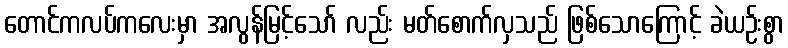
တောင်ကလပ်ကလေးမှာ အလွန်မြင့်သော် လည်း မတ်စောက်လှသည် ဖြစ်သောကြောင့် ခဲယဉ်းစွာ